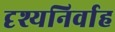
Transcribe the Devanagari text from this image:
दृश्यनिर्वाह